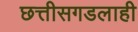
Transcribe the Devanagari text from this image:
छत्तीसगडलाही